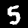
Label: 5